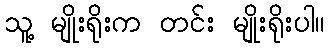
သူ့ မျိုးရိုးက တင်း မျိုးရိုးပါ။